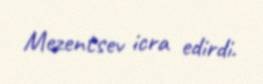
Mezentsev icra edirdi.